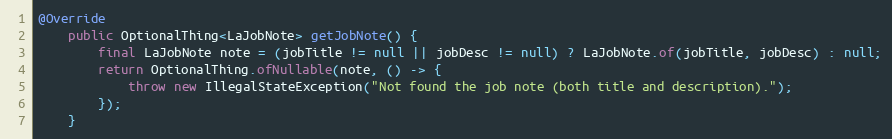
Language: Java
@Override
    public OptionalThing<LaJobNote> getJobNote() {
        final LaJobNote note = (jobTitle != null || jobDesc != null) ? LaJobNote.of(jobTitle, jobDesc) : null;
        return OptionalThing.ofNullable(note, () -> {
            throw new IllegalStateException("Not found the job note (both title and description).");
        });
    }